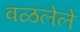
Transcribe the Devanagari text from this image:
वळलेले